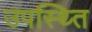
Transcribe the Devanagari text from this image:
उपस्थ्ति